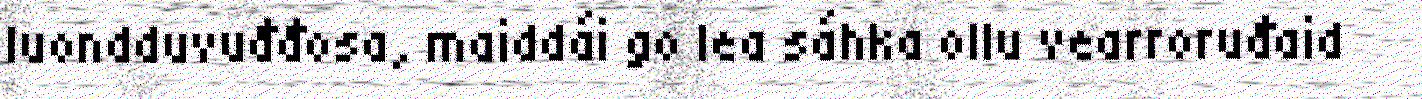
luondduvuđđosa, maiddái go lea sáhka ollu vearroruđaid